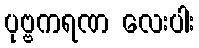
ပုဗ္ဗကရဏ လေးပါး